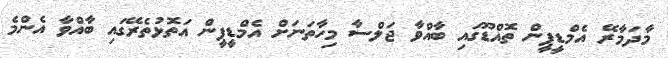
މާދަމާރޭ އެމްޑީޕީން ތޮއްޑޫގައި ބާއްވާ ޖަލްސާ މިހާތަނަށް އެމްޑީޕީން އަތޮޅުތެރޭގައި ބާއްވާ އެންމެ